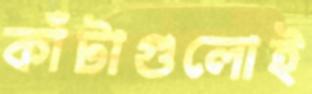
কাঁটাগুলোই